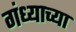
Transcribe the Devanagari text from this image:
गंध्याच्या